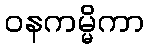
ဝနကမ္မိကာ